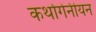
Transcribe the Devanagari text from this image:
कर्थागेनीयन